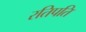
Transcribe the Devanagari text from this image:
रतिपति